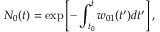
N _ { 0 } ( t ) = \exp \left[ - \int _ { t _ { 0 } } ^ { t } w _ { 0 1 } ( t ^ { \prime } ) d t ^ { \prime } \right] ,